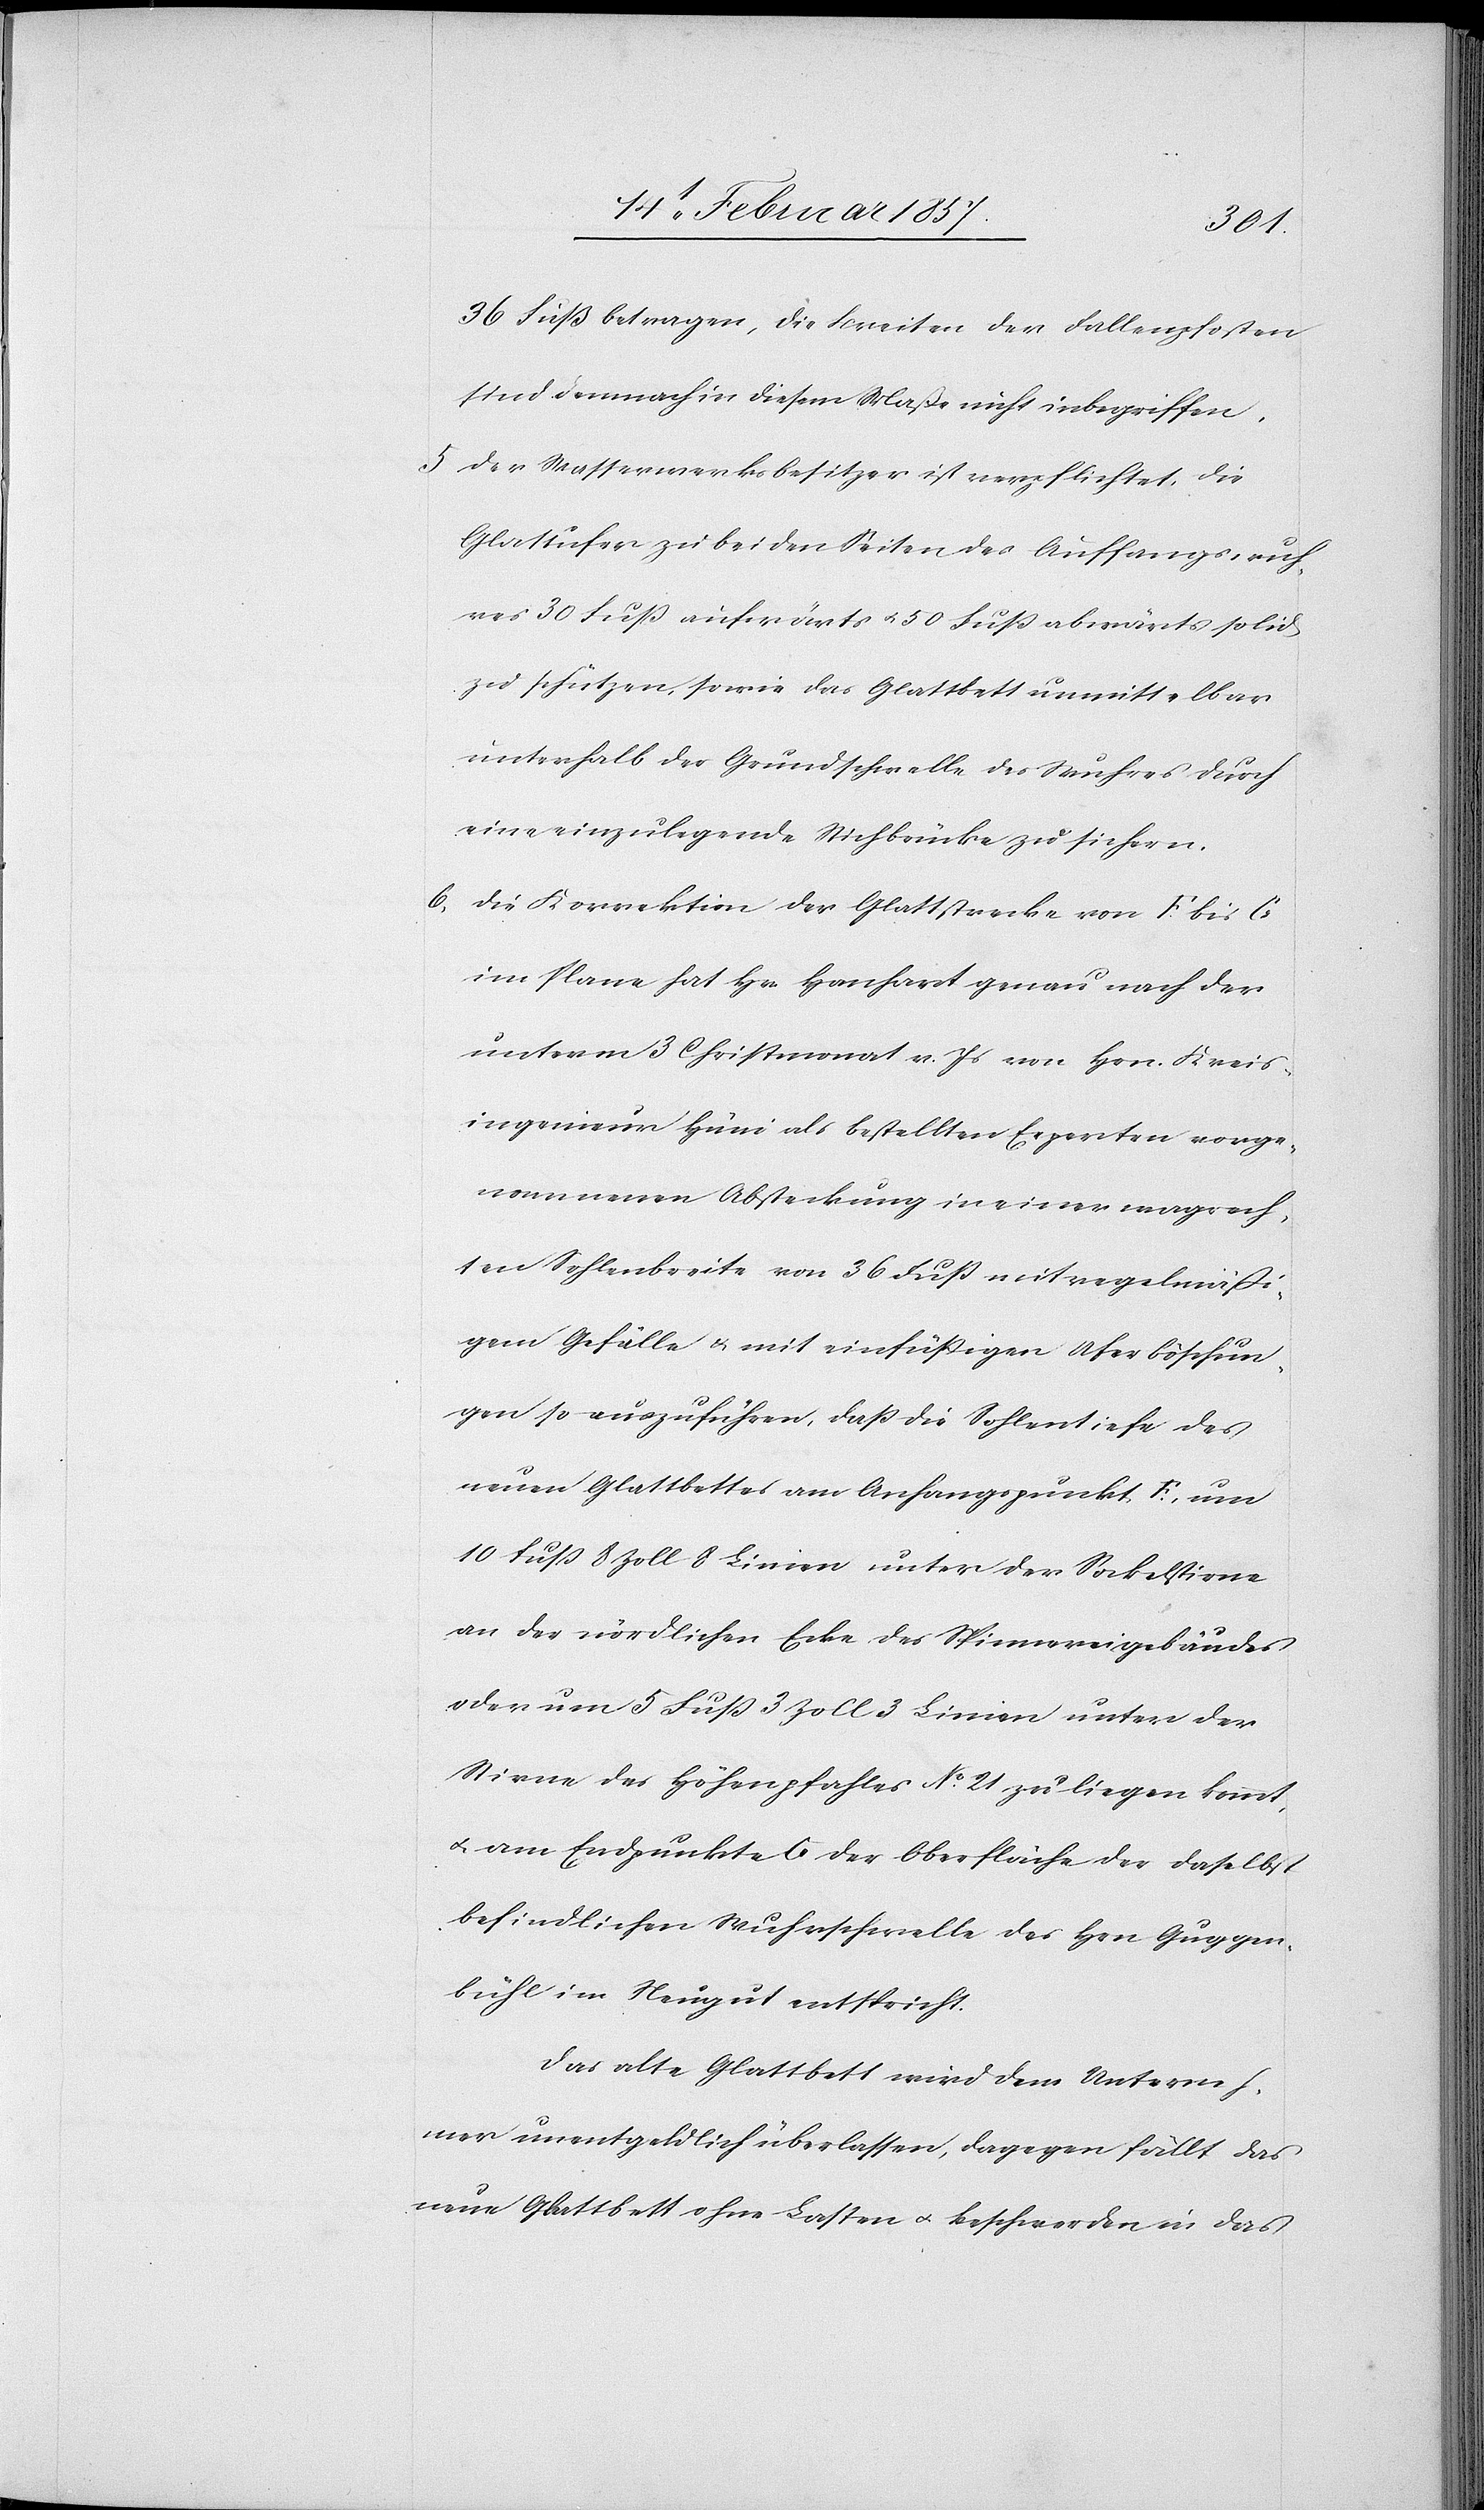
36 Fuß betragen, die Breiten der Fallenpfosten
sind demnach in diesem Maße nicht inbegriffen,
5 Der Wasserwerksbesitzer ist verpflichtet, die
Glattufer zu beiden Seiten des Auffangswuh¬
res 30 Fuß aufwärts u. 50 Fuß abwärts solid
zu schützen, sowie das Glattbett unmittelbar
unterhalb der Grundschwelle des Wuhres durch
eine einzulegende Stichbrücke zu sichern.
6. Die Korrektion der Glattstrecke von F. bis G
im Plane hat Hr. Hanhart genau nach der
unterm 3 Christmonat v. Js von Hrn. Kreis¬
ingenieur Hüni als bestellten Experten vorge¬
nommenen Absteckung in einer wagrech¬
ten Sohlenbreite von 36 Fuß mit regelmäßi¬
gem Gefälle u. mit einfüßigen Uferböschun¬
gen so auszuführen, daß die Sohlentiefe des
neuen Glattbettes am Anfangspunkt F um
10 Fuß 8 Zoll 8 Linien unter der Sockelstirne
an der nördlichen Ecke des Spinnereigebäudes
oder um 5 Fuß 3 Zoll 3 Linien unter der
Stirne des Höhenpfahles No 21 zu liegen kommt,
u. am Endpunkte G der Oberfläche der daselbst
befindlichen Wuhrschwelle des Hrn Guggen¬
bühl im Neugut entspricht.
Das alte Glattbett wird dem Unterneh¬
mer unentgeldlich überlassen, dagegen fällt das
neue Glattbett ohne Lasten u. Beschwerde in das